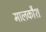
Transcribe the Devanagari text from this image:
मालकौश